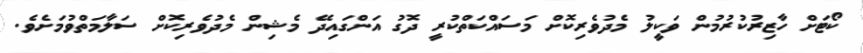
ކޯޓަށް ހާޒިރުކުރުމުން ވަކީލު މެދުވެރިކޮށް މަސައްކަތްކުރީ ދޮގު އަންގައިދޭ މެޝިން މެދުވެރިކޮށް ސަލާމަތްވުމަށެވެ.